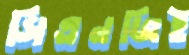
সিএনজিই